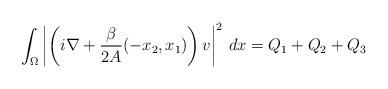
LaTeX: \begin{align*}\int_\Omega \left| \left(i\nabla + \frac{\beta}{2A}(-x_2,x_1)\right)v \right|^2 \, dx = Q_1 + Q_2 + Q_3\end{align*}